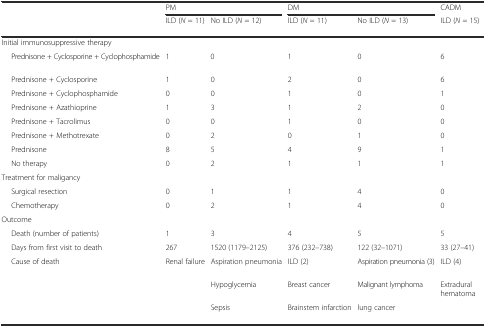
<table><thead><tr><td></td><td colspan="2"><b>PM</b></td><td colspan="2"><b>DM</b></td><td><b>CADM</b></td></tr><tr><td></td><td><b>ILD (<i>N</i> = 11)</b></td><td><b>No ILD (<i>N</i> = 12)</b></td><td><b>ILD (<i>N</i> = 11)</b></td><td><b>No ILD (<i>N</i> = 13)</b></td><td><b>ILD (<i>N</i> = 15)</b></td></tr></thead><tbody><tr><td>Initial immunosuppressive therapy</td><td></td><td></td><td></td><td></td><td></td></tr><tr><td>Prednisone + Cyclosporine + Cyclophosphamide</td><td>1</td><td>0</td><td>1</td><td>0</td><td>6</td></tr><tr><td>Prednisone + Cyclosporine</td><td>1</td><td>0</td><td>2</td><td>0</td><td>6</td></tr><tr><td>Prednisone + Cyclophosphamide</td><td>0</td><td>0</td><td>1</td><td>0</td><td>1</td></tr><tr><td>Prednisone + Azathioprine</td><td>1</td><td>3</td><td>1</td><td>2</td><td>0</td></tr><tr><td>Prednisone + Tacrolimus</td><td>0</td><td>0</td><td>1</td><td>0</td><td>0</td></tr><tr><td>Prednisone + Methotrexate</td><td>0</td><td>2</td><td>0</td><td>1</td><td>0</td></tr><tr><td>Prednisone</td><td>8</td><td>5</td><td>4</td><td>9</td><td>1</td></tr><tr><td>No therapy</td><td>0</td><td>2</td><td>1</td><td>1</td><td>1</td></tr><tr><td>Treatment for maligancy</td><td></td><td></td><td></td><td></td><td></td></tr><tr><td>Surgical resection</td><td>0</td><td>1</td><td>1</td><td>4</td><td>0</td></tr><tr><td>Chemotherapy</td><td>0</td><td>2</td><td>1</td><td>4</td><td>0</td></tr><tr><td>Outcome</td><td></td><td></td><td></td><td></td><td></td></tr><tr><td>Death (number of patients)</td><td>1</td><td>3</td><td>4</td><td>5</td><td>5</td></tr><tr><td>Days from first visit to death</td><td>267</td><td>1520 (1179–2125)</td><td>376 (232–738)</td><td>122 (32–1071)</td><td>33 (27–41)</td></tr><tr><td rowspan="3">Cause of death</td><td>Renal failure</td><td>Aspiration pneumonia</td><td>ILD (2)</td><td>Aspiration pneumonia (3)</td><td>ILD (4)</td></tr><tr><td></td><td>Hypoglycemia</td><td>Breast cancer</td><td>Malignant lymphoma</td><td>Extradural hematoma</td></tr><tr><td></td><td>Sepsis</td><td>Brainstem infarction</td><td>lung cancer</td><td></td></tr></tbody></table>